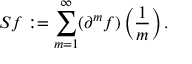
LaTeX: S f : = \sum _ { m = 1 } ^ { \infty } ( \partial ^ { m } f ) \left( { \frac { 1 } { m } } \right) .